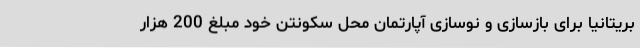
بریتانیا برای بازسازی و نوسازی آپارتمان محل سکونتن خود مبلغ 200 هزار